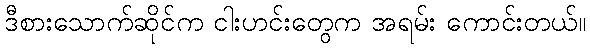
ဒီစားသောက်ဆိုင်က ငါးဟင်းတွေက အရမ်း ကောင်းတယ်။